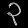
Digit: ၃